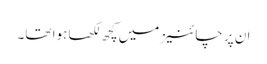
ان پر چائنیز میں‌کچھ لکھا ہوا تھا۔